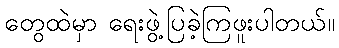
တွေထဲမှာ ရေးဖွဲ့ပြခဲ့ကြဖူးပါတယ်။